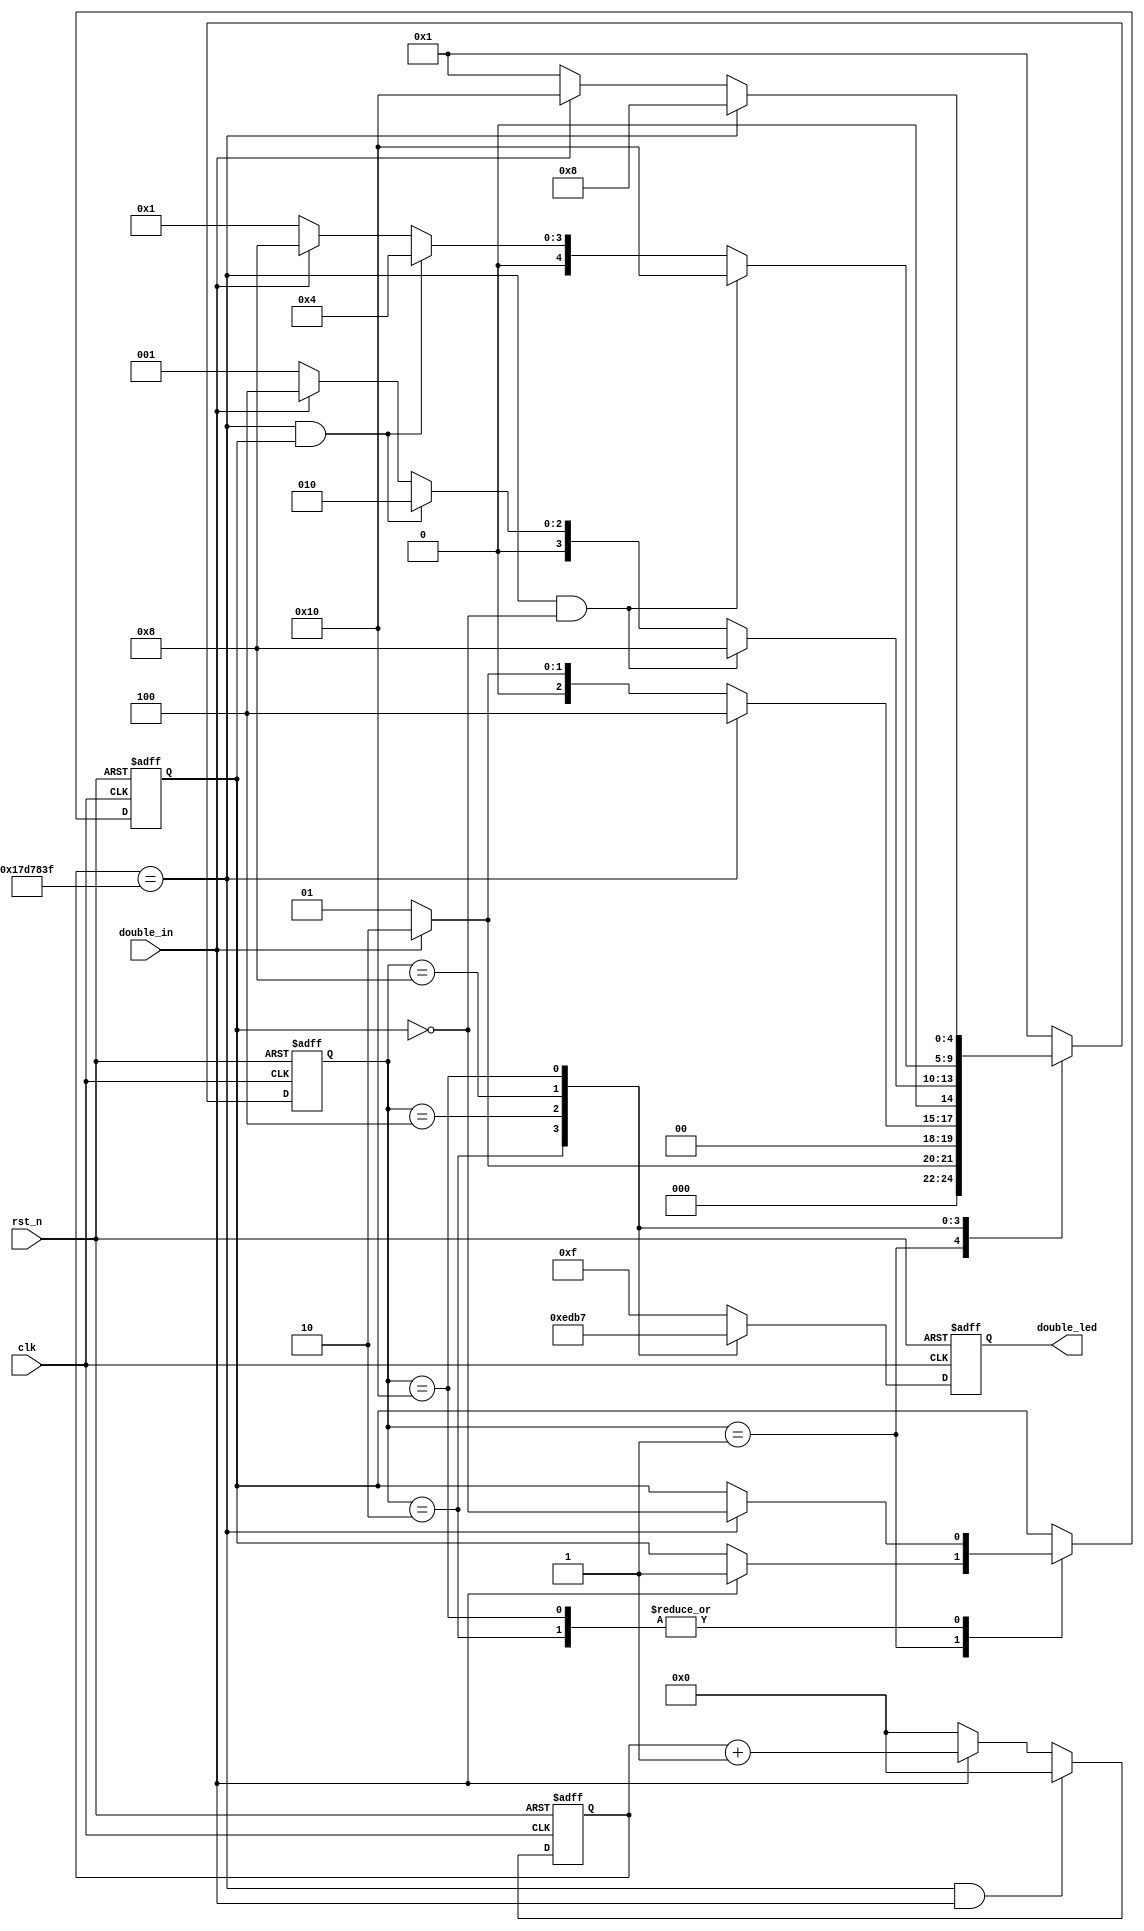
module Double_Led 
#(
	parameter cnt_500ms_max = 32'd24_999_999
)
(
	input clk,
	input rst_n,
	input double_in,
	output reg [3:0] double_led
);

	/**/
	reg [4:0] double_led_state;
	parameter IDLE = 5'b00_001;
	parameter D6 = 5'b00_010;
	parameter D7 = 5'b00_100;
	parameter D8 = 5'b01_000;
	parameter D9 = 5'b10_000;

	/*0.5s*/
	reg [31:0] cnt_500ms;
	always @(posedge clk or negedge rst_n) begin
		if(~rst_n) begin
			cnt_500ms <= 32'd0;
		end else if(cnt_500ms == cnt_500ms_max && double_in) begin
			cnt_500ms <= 32'd0;
		end else if(double_in) begin
			cnt_500ms <= cnt_500ms + 32'd1;
		end else begin
			cnt_500ms <= 32'd0;
		end
	end

	/**/
	/*direction*/
	reg direction;
	always @(posedge clk or negedge rst_n) begin
		if(~rst_n) begin
			double_led_state <= IDLE;
			direction <= 1'd1;	//01
		end else begin
			case(double_led_state)
				IDLE : begin
					if(double_in) begin
						double_led_state <= D6;
						direction <= 1'd1;
					end else begin
						double_led_state <= IDLE;
					end
				end

				D6 : begin
					if(cnt_500ms == cnt_500ms_max) begin
						double_led_state <= D7;
						direction <= ~direction;
					end else if(double_in) begin
						double_led_state <= D6;
					end else begin
						double_led_state <= IDLE;
					end
				end

				D7 : begin
					if(cnt_500ms == cnt_500ms_max && direction == 1'd0) begin
						double_led_state <= D8;
					end else if(cnt_500ms == cnt_500ms_max && direction == 1'd1) begin
						double_led_state <= D6;
					end else if(double_in) begin
						double_led_state <= D7;
					end else begin
						double_led_state <= IDLE;
					end
				end

				D8 : begin
					if(cnt_500ms == cnt_500ms_max && direction == 1'd0) begin
						double_led_state <= D9;
					end else if(cnt_500ms == cnt_500ms_max && direction == 1'd1) begin
						double_led_state <= D7;
					end else if(double_in) begin
						double_led_state <= D8;
					end else begin
						double_led_state <= IDLE;
					end
				end

				D9 : begin
					if(cnt_500ms == cnt_500ms_max) begin
						double_led_state <= D8;
						direction <= ~direction;
					end else if(double_in) begin
						double_led_state <= D9;
					end else begin
						double_led_state <= IDLE;
					end
				end

				default : double_led_state <= IDLE;
			endcase
		end 
	end

	/*single_led*/
	always @(posedge clk or negedge rst_n) begin
		if(~rst_n) begin
			double_led <= 4'b1111;
		end else begin
			case(double_led_state)
				IDLE : double_led <= 4'b1111;
				D6 : double_led <= 4'b1110;
				D7 : double_led <= 4'b1101;
				D8 : double_led <= 4'b1011;
				D9 : double_led <= 4'b0111;
				default : double_led <= 4'b1111;
			endcase
		end
	end

endmodule